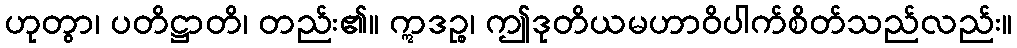
ဟုတွာ၊ ပတိဋ္ဌာတိ၊ တည်း၏။ ဣဒဉ္စ၊ ဤဒုတိယမဟာဝိပါက်စိတ်သည်လည်း။